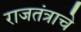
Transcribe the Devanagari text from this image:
राजतंत्राचे